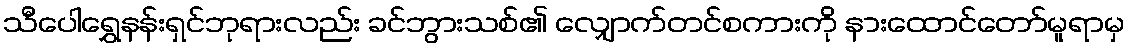
သီပေါရွှေနန်းရှင်ဘုရားလည်း ခင်ဘွားသစ်၏ လျှောက်တင်စကားကို နားထောင်တော်မူရာမှ